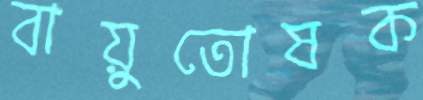
বায়ুতোষক